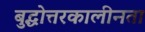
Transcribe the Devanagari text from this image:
बुद्धोत्तरकालीनता